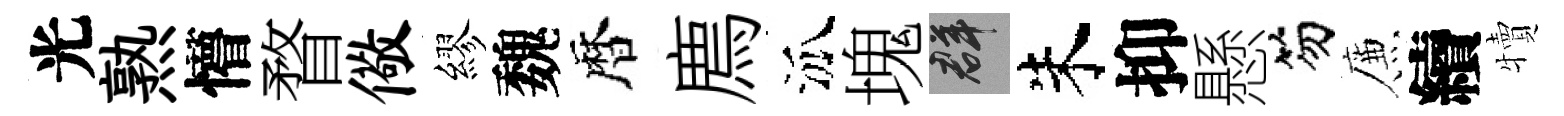
光熟懵瞀儆繆魏暦廌泒塊群朱抑懸笏簾續犢